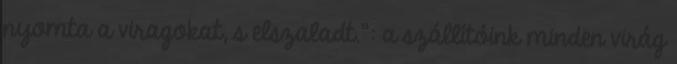
nyomta a viragokat, s elszaladt.”: a szállítóink minden virág